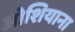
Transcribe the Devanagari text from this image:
ओशियाना